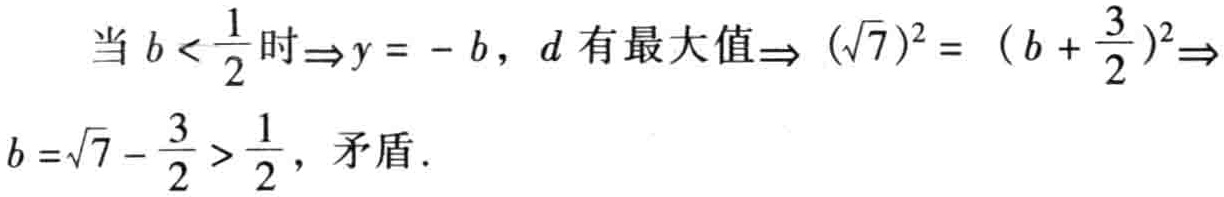
当 \(b < \frac{1}{2}\) 时\(\Rightarrow y = - b\)，\(d\) 有最大值\(\Rightarrow (\sqrt{7})^{2} =  (b + \frac{3}{2})^{2}\Rightarrow b =\sqrt{7} - \frac{3}{2} > \frac{1}{2}\)，矛盾.